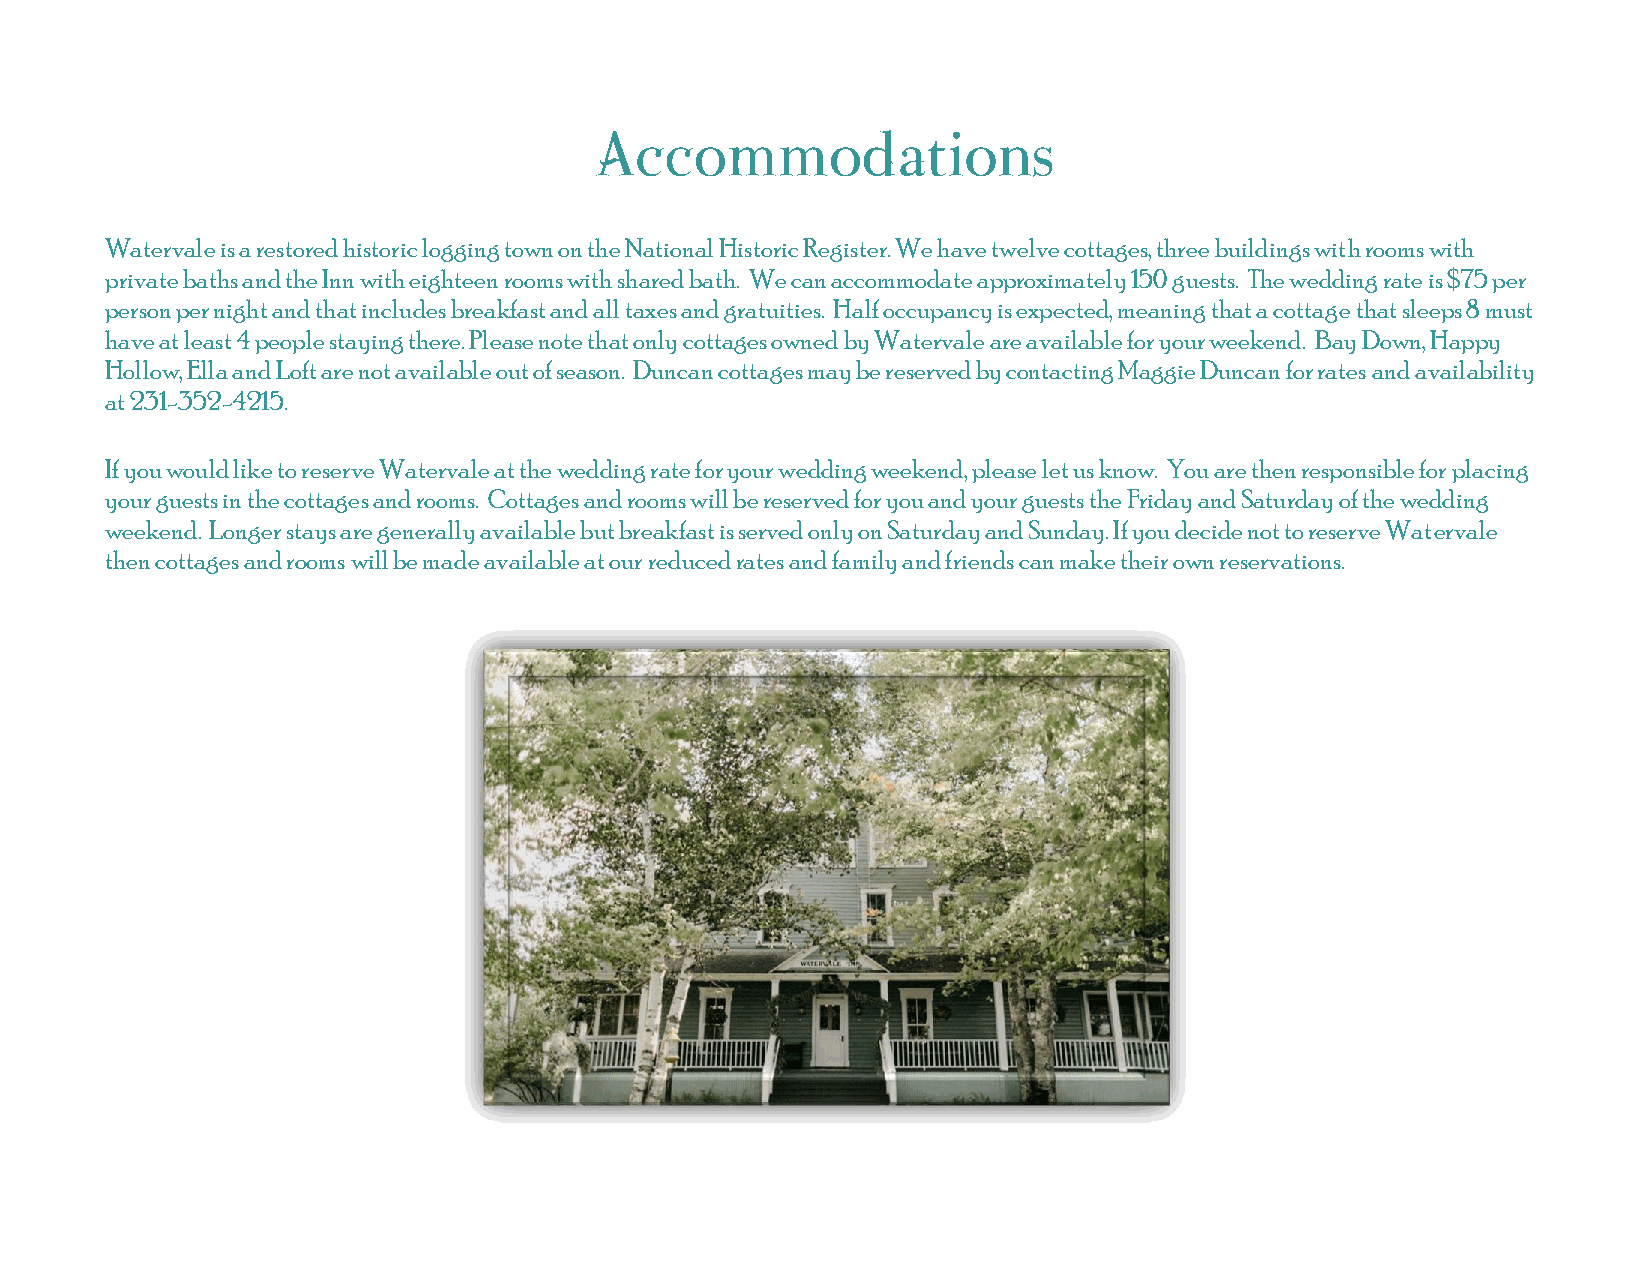
Accommodations
 Watervale is a restored historic logging town on the National Historic Register. We have twelve cottages, three buildings with rooms with
 private baths and the Inn with eighteen rooms with shared bath. We can accommodate approximately 150 guests. The wedding rate is $75 per
 person per night and that includes breakfast and all taxes and gratuities. Half occupancy is expected, meaning that a cottage that sleeps 8 must
 have at least 4 people staying there. Please note that only cottages owned by Watervale are available for your weekend. Bay Down, Happy
 Hollow, Ella and Loft are not available out of season. Duncan cottages may be reserved by contacting Maggie Duncan for rates and availability
 at 231-352-4215.
 If you would like to reserve Watervale at the wedding rate for your wedding weekend, please let us know. You are then responsible for placing
 your guests in the cottages and rooms. Cottages and rooms will be reserved for you and your guests the Friday and Saturday of the wedding
 weekend. Longer stays are generally available but breakfast is served only on Saturday and Sunday. If you decide not to reserve Watervale
 then cottages and rooms will be made available at our reduced rates and family and friends can make their own reservations.